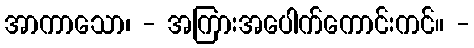
အာကာသော၊ - အကြားအပေါက်ကောင်းကင်။ -